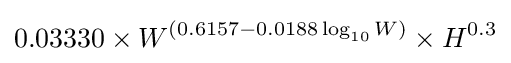
0.03330\times W^{(0.6157-0.0188\log _{10}{W})}\times H^{0.3}